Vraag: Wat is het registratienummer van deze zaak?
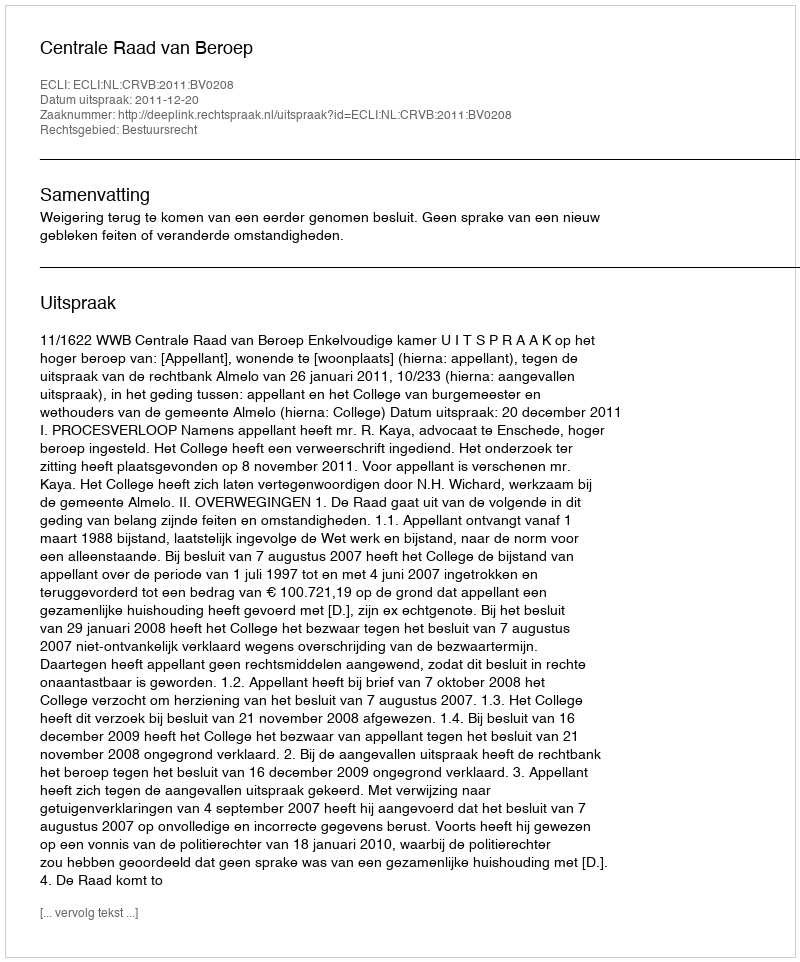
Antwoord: http://deeplink.rechtspraak.nl/uitspraak?id=ECLI:NL:CRVB:2011:BV0208